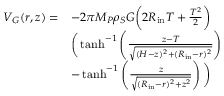
\begin{array} { r l } { V _ { G } ( r , z ) = } & { - 2 \pi M _ { P } \rho _ { S } G \bigg ( 2 R _ { \mathrm { i n } } T + \frac { T ^ { 2 } } { 2 } \bigg ) } \\ & { \bigg ( \operatorname { t a n h } ^ { - 1 } \left( \frac { z - T } { \sqrt { ( H - z ) ^ { 2 } + ( R _ { \mathrm { i n } } - r ) ^ { 2 } } } \right) } \\ & { - \operatorname { t a n h } ^ { - 1 } \left( \frac { z } { \sqrt { ( R _ { \mathrm { i n } } - r ) ^ { 2 } + z ^ { 2 } } } \right) \bigg ) } \end{array}